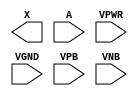
module sky130_fd_sc_ms__clkbuf (
    X   ,
    A   ,
    VPWR,
    VGND,
    VPB ,
    VNB
);

    output X   ;
    input  A   ;
    input  VPWR;
    input  VGND;
    input  VPB ;
    input  VNB ;
endmodule